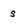
Character: s